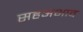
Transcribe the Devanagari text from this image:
सहअभाव